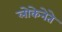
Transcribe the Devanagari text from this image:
लोकेनेते